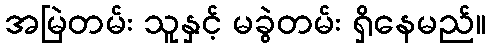
အမြဲတမ်း သူနှင့် မခွဲတမ်း ရှိနေမည်။